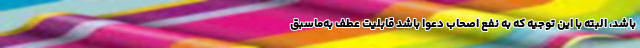
باشد، البته با این توجیه که به نفع اصحاب دعوا باشد قابلیت عطف به‌ماسبق